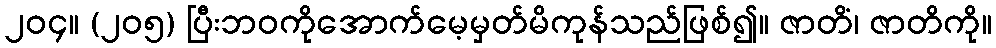
၂၀၄။ (၂၀၅) ပြီးဘဝကိုအောက်မေ့မှတ်မိကုန်သည်ဖြစ်၍။ ဇာတိံ၊ ဇာတိကို။